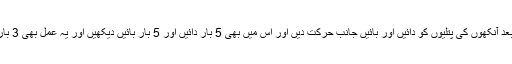
اس کے بعد آنکھوں کی پتلیوں کو دائیں اور بائیں جانب حرکت دیں اور اس میں بھی 5 بار دائیں اور 5 بار بائیں دیکھیں اور یہ عمل بھی 3 بار دہرائیں۔